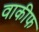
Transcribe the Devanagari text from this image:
वाकीफ